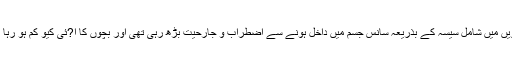
دھویں میں شامل سیسہ کے بذریعہ سانس جسم میں داخل ہونے سے اضطراب و جارحیت بڑھ رہی تھی اور بچوں کا آ?ئی کیو کم ہو رہا تھا۔